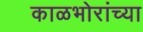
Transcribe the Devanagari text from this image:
काळभोरांच्या